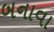
બનાવા